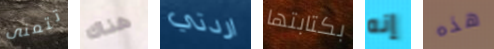
تتمنى هناك اردتي بكتابتها إنه هذه